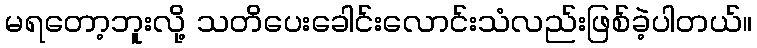
မရတော့ဘူးလို့ သတိပေးခေါင်းလောင်းသံလည်းဖြစ်ခဲ့ပါတယ်။